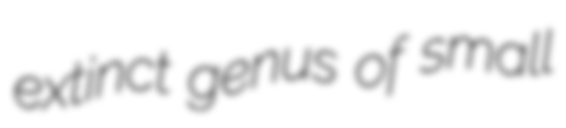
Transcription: extinct genus of small